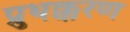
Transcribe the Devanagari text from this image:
प्रुथक्करण